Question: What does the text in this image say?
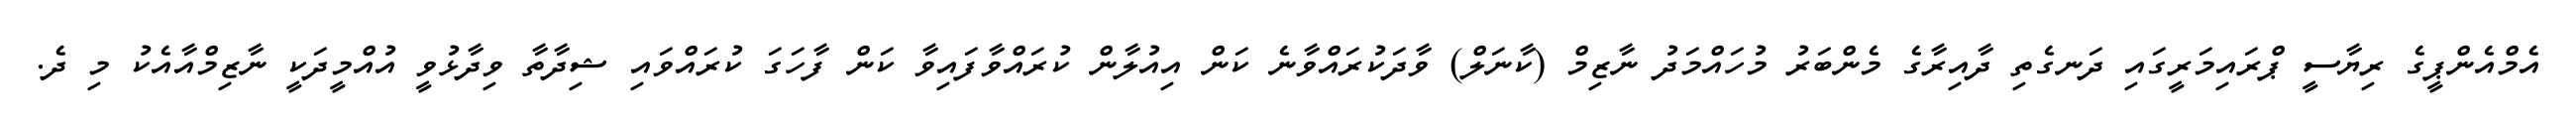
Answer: އެމްއެންޕީގެ ރިޔާސީ ޕްރައިމަރީގައި ދަނގެތި ދާއިރާގެ މެންބަރު މުހައްމަދު ނާޒިމް (ކާނަލް) ވާދަކުރައްވާނެ ކަން އިއުލާން ކުރައްވާފައިވާ ކަން ފާހަގަ ކުރައްވައި ޝިދާތާ ވިދާޅުވީ އުއްމީދަކީ ނާޒިމްއާއެކު މި ދެ.